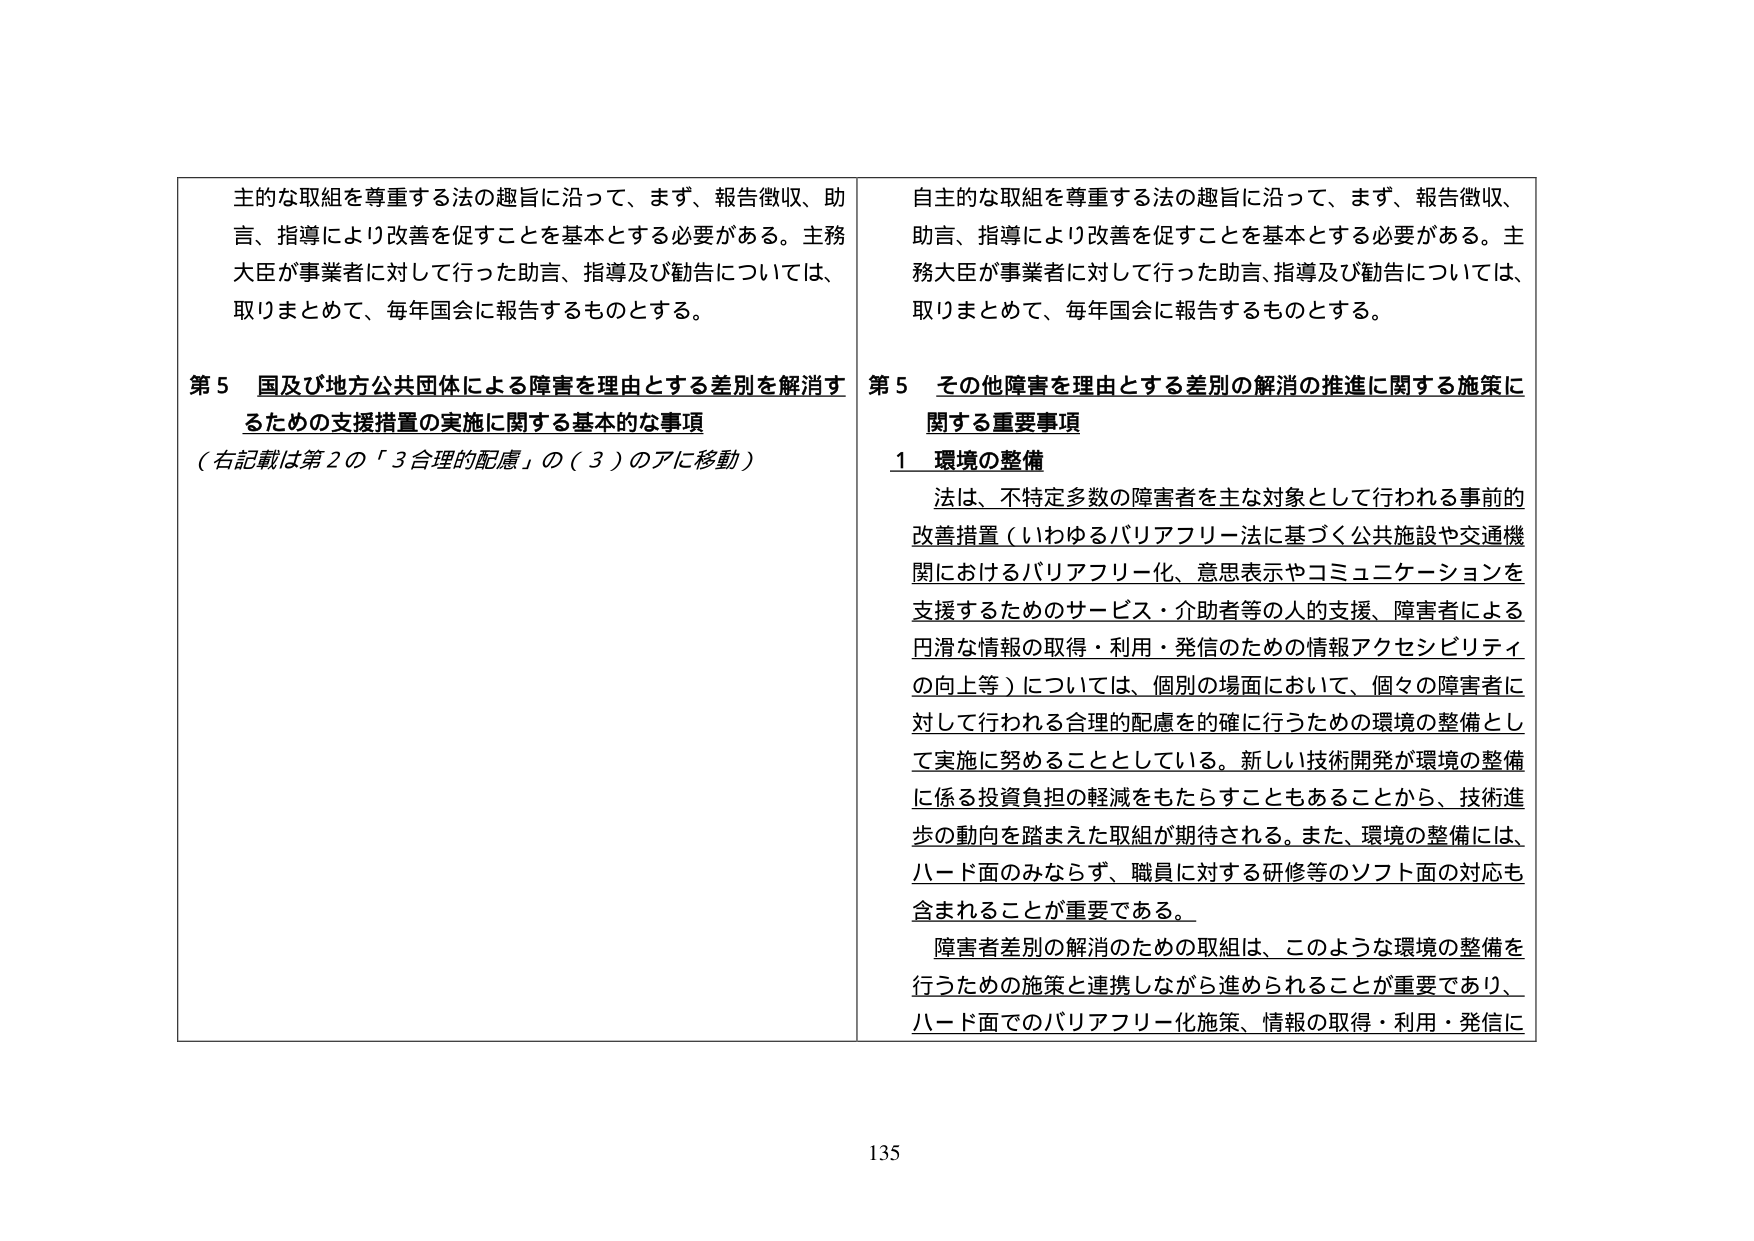
主的な取組を尊重する法の趣旨に沿って、まず、報告徴収、助言、指導により改善を促すことを基本とする必要がある。主務大臣が事業者に対して行った助言、指導及び勧告については、取りまとめて、毎年国会に報告するものとする。

第５ 国及び地方公共団体による障害を理由とする差別を解消するための支援措置の実施に関する基本的な事項
（右記載は第２の「３合理的配慮」の（３）のアに移動）

自主的な取組を尊重する法の趣旨に沿って、まず、報告徴収、助言、指導により改善を促すことを基本とする必要がある。主務大臣が事業者に対して行った助言、指導及び勧告については、取りまとめて、毎年国会に報告するものとする。

第５ その他障害を理由とする差別の解消の推進に関する施策に関する重要事項

１ 環境の整備

法は、不特定多数の障害者を主な対象として行われる事前の改善措置（いわゆるバリアフリー法に基づく公共施設や交通機関におけるバリアフリー化、意思表示やコミュニケーションを支援するためのサービス・介助者等の人的支援、障害者による円滑な情報の取得・利用・発信のための情報アクセシビリティの向上等）については、個別の場面において、個々の障害者に対して行われる合理的配慮を的確に行うための環境の整備として実施に努めることとしている。新しい技術開発が環境の整備に係る投資負担の軽減をもたらすこともあることから、技術進歩の動向を踏まえた取組が期待される。また、環境の整備には、ハード面のみならず、職員に対する研修等のソフト面の対応も含まれることが重要である。

障害者差別の解消のための取組は、このような環境の整備を行うための施策と連携しながら進められることが重要であり、ハード面でのバリアフリー化施策、情報の取得・利用・発信に

135